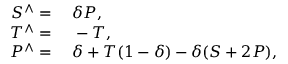
\begin{array} { r l } { S ^ { \wedge } = } & { { } \; \delta P , } \\ { T ^ { \wedge } = } & { { } \; - T , } \\ { P ^ { \wedge } = } & { { } \; \delta + T ( 1 - \delta ) - \delta ( S + 2 P ) , } \end{array}